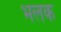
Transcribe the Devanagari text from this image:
भलक